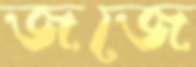
জজে